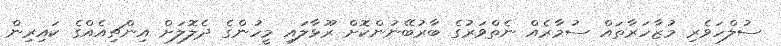
ސުލްހަވެރި މުޒާހަރާތައް ސުމާރެއް ނެތްވަރުގެ ބާރުބޭނުންކޮށް ރޫޅާލައި މީހުންގެ ދެލޮލަށް އިންޗިއެއްގެ ކައިރިން